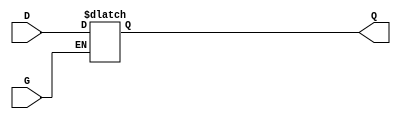
module gated_latch (
    input wire D,  // Data input
    input wire G,  // Gate (enable) signal
    output reg Q   // Output signal
);

// Always block that models the behavior of a gated latch
always @ (G or D) begin
    if (G) begin
        // When gate is high, Q follows D
        Q <= D; 
    end
    // When G goes low, Q retains its last value (holds state)
end

endmodule